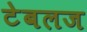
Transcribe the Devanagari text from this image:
टेबलज